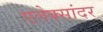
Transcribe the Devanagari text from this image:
एलेक्सांदर